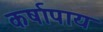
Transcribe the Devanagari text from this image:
कर्षापाय